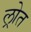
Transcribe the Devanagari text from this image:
ल्रोत